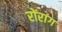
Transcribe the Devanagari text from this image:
रोंरांग